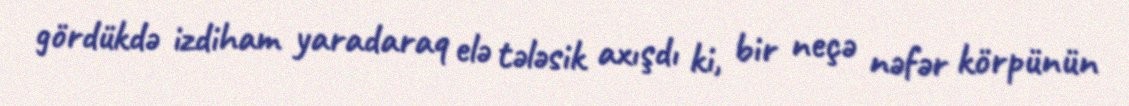
gördükdə izdiham yaradaraq elə tələsik axışdı ki, bir neçə nəfər körpünün